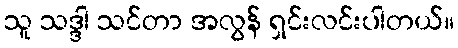
သူ သဒ္ဒါ သင်တာ အလွန် ရှင်းလင်းပါတယ်။